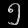
Digit: ၅